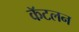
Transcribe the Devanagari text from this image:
कॅटलन